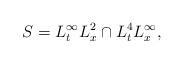
LaTeX: \begin{align*}S = L^\infty_t L^2_x \cap L^4_t L^\infty_x,\end{align*}